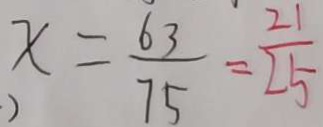
x = \frac { 6 3 } { 7 5 } = \frac { 2 1 } { 2 5 }